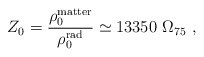
\begin{align*}Z_0 = {\rho^{\rm matter}_0 \over \rho^{\rm rad}_0} \simeq 13350\ \Omega_{75}\ , \end{align*}